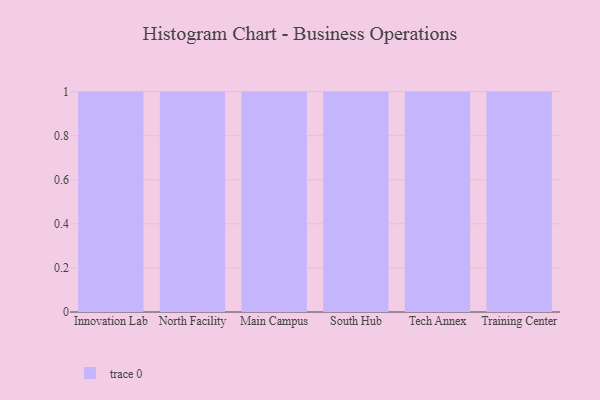
{"axis": {"x": "Campus", "y": "Operating Costs (USD K)"}, "legend": [""], "data": [{"x": "Innovation Lab", "y": 76, "type": ""}, {"x": "North Facility", "y": 48, "type": ""}, {"x": "Main Campus", "y": 100, "type": ""}, {"x": "South Hub", "y": 68, "type": ""}, {"x": "Tech Annex", "y": 86, "type": ""}, {"x": "Training Center", "y": 39, "type": ""}]}